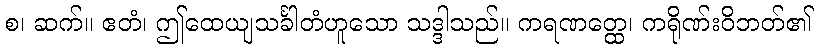
စ၊ ဆက်။ ဧတံ၊ ဤထေယျသင်္ခါတံဟူသော သဒ္ဒါသည်။ ကရဏတ္ထေ၊ ကရိုဏ်းဝိဘတ်၏